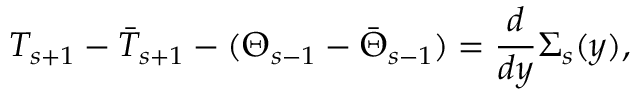
T _ { s + 1 } - \bar { T } _ { s + 1 } - ( \Theta _ { s - 1 } - \bar { \Theta } _ { s - 1 } ) = \frac { d } { d y } \Sigma _ { s } ( y ) ,